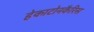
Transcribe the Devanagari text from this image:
हेकाटोनकैरिस